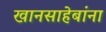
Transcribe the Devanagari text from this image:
खानसाहेबांना